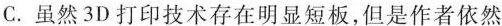
C.虽然3D打印技术存在明显短板,但是作者依然